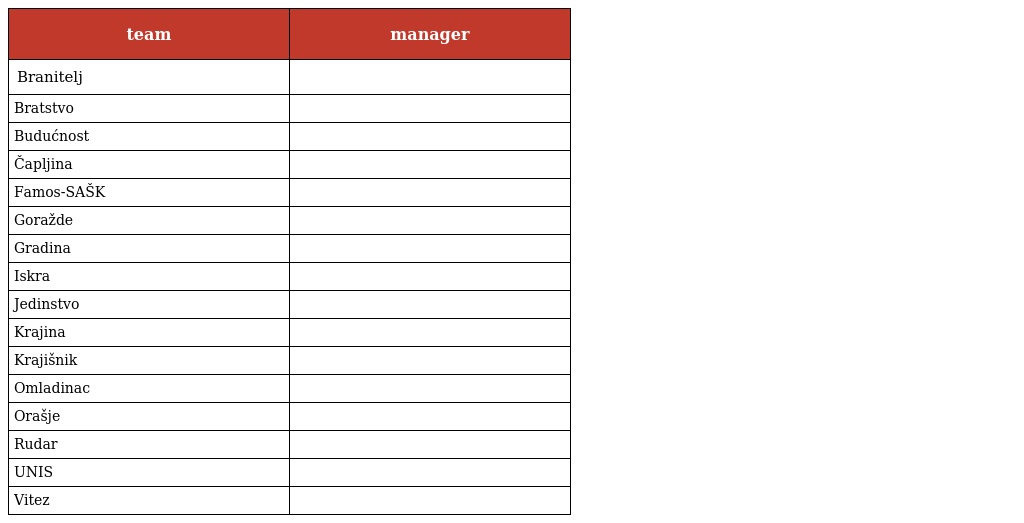
| team | manager |
 | --- | --- |
 | Branitelj |  |
 | Bratstvo |  |
 | Budućnost |  |
 | Čapljina |  |
 | Famos-SAŠK |  |
 | Goražde |  |
 | Gradina |  |
 | Iskra |  |
 | Jedinstvo |  |
 | Krajina |  |
 | Krajišnik |  |
 | Omladinac |  |
 | Orašje |  |
 | Rudar |  |
 | UNIS |  |
 | Vitez |  |